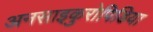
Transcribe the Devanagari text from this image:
अनसाइकुरोपिडिया